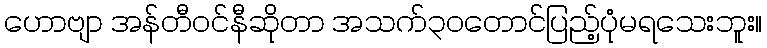
ဟောဗျာ အန်တီဝင်နီဆိုတာ အသက်၃ဝတောင်ပြည့်ပုံမရသေးဘူး။